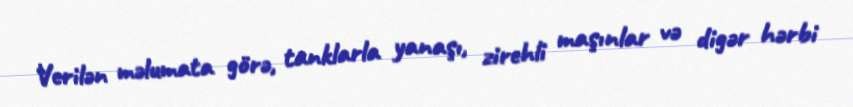
Verilən məlumata görə, tanklarla yanaşı, zirehli maşınlar və digər hərbi